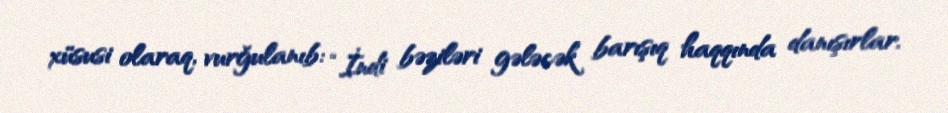
xüsusi olaraq, vurğulanıb: “İndi bəziləri gələcək barışıq haqqında danışırlar.